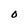
Character: O